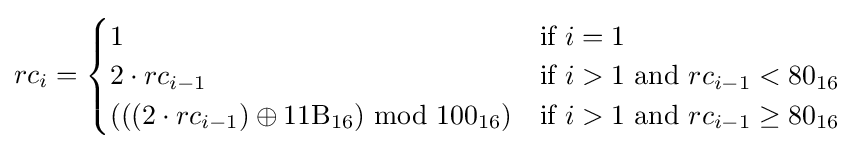
rc_{i}={\begin{cases}1&{\text{if }}i=1\\2\cdot rc_{i-1}&{\text{if }}i>1{\text{ and }}rc_{i-1}<80_{16}\\(((2\cdot rc_{i-1})\oplus {\text{11B}}_{16}){\text{ mod }}{\text{100}}_{16})&{\text{if }}i>1{\text{ and }}rc_{i-1}\geq 80_{16}\end{cases}}